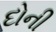
દોની